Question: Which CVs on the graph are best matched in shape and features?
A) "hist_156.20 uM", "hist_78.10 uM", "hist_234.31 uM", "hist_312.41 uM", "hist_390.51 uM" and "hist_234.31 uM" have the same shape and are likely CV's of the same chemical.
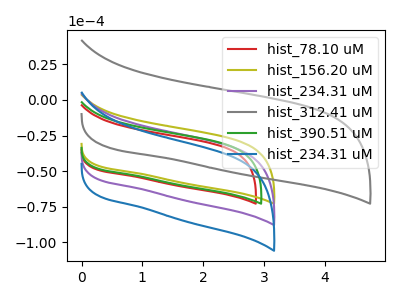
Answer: <think>The red curve "hist_78.10 uM" has no peaks. The olive curve "hist_156.20 uM" has no peaks. The purple curve "hist_234.31 uM" has no peaks. The gray curve "hist_312.41 uM" has no peaks. The green curve "hist_390.51 uM" has no peaks. The blue curve "hist_234.31 uM" has no peaks.
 Neither "hist_78.10 uM" or "hist_156.20 uM" have any peaks. Neither "hist_78.10 uM" or "hist_234.31 uM" have any peaks. Neither "hist_78.10 uM" or "hist_312.41 uM" have any peaks. Neither "hist_78.10 uM" or "hist_390.51 uM" have any peaks. Neither "hist_78.10 uM" or "hist_234.31 uM" have any peaks. Neither "hist_156.20 uM" or "hist_234.31 uM" have any peaks. Neither "hist_156.20 uM" or "hist_312.41 uM" have any peaks. Neither "hist_156.20 uM" or "hist_390.51 uM" have any peaks. Neither "hist_156.20 uM" or "hist_234.31 uM" have any peaks. Neither "hist_234.31 uM" or "hist_312.41 uM" have any peaks. Neither "hist_234.31 uM" or "hist_390.51 uM" have any peaks. Neither "hist_234.31 uM" or "hist_234.31 uM" have any peaks. Neither "hist_312.41 uM" or "hist_390.51 uM" have any peaks. Neither "hist_312.41 uM" or "hist_234.31 uM" have any peaks. Neither "hist_390.51 uM" or "hist_234.31 uM" have any peaks.</think>
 <answer>A) "hist_156.20 uM", "hist_78.10 uM", "hist_234.31 uM", "hist_312.41 uM", "hist_390.51 uM" and "hist_234.31 uM" have the same shape and are likely CV's of the same chemical.</answer>
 <eval>A</eval>